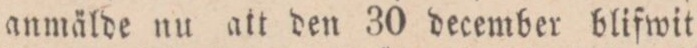
anmälde nu att den 30 december blifwit